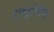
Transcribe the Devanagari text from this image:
राष्ट्रांनीच